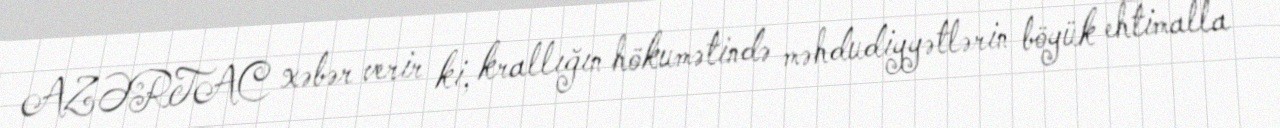
AZƏRTAC xəbər verir ki, krallığın hökumətində məhdudiyyətlərin böyük ehtimalla